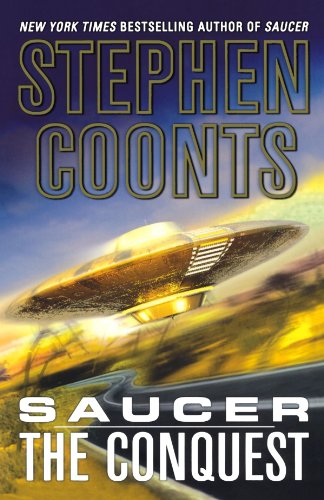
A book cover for Saucer: The Conquest; Stephen Coonts; Science Fiction & Fantasy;